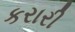
કરારી